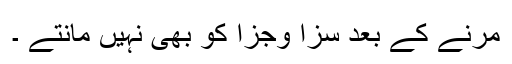
مرنے کے بعد سزا وجزا کو بھی نہیں مانتے ۔